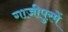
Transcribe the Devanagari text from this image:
गाजीपुरमें